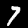
Label: 7